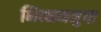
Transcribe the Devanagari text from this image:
भिन्नममुया